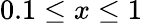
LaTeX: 0.1\leq x\leq 1